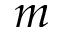
m